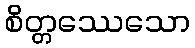
စိတ္တဿေသော